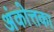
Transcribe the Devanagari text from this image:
अंकोत्तका